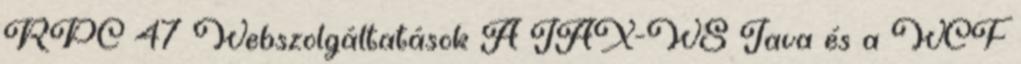
RPC 47 Webszolgáltatások A JAX-WS Java és a WCF